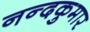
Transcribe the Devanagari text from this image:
नन्दकुमार